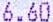
6.60